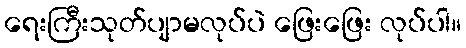
ရေးကြီးသုတ်ပျာမလုပ်ပဲ ဖြေးဖြေး လုပ်ပါ။